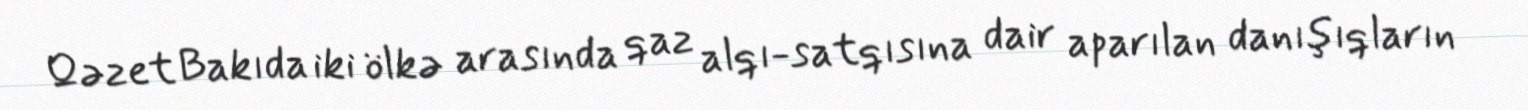
Qəzet Bakıda iki ölkə arasında qaz alqı-satqısına dair aparılan danışıqların